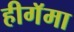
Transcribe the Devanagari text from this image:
हीगॅमा